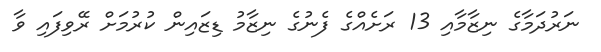
ނަރުދަމާގެ ނިޒާމާއި 13 ރަށެއްގެ ފެނުގެ ނިޒާމު ޑިޒައިން ކުރުމަށް ރޭވިފައި ވާ